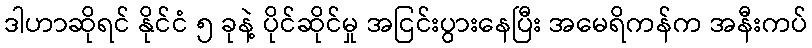
ဒါဟာဆိုရင် နိုင်ငံ ၅ ခုနဲ့ ပိုင်ဆိုင်မှု အငြင်းပွားနေပြီး အမေရိကန်က အနီးကပ်